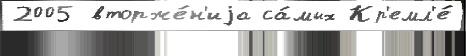
2005 вторже́н'иjа са́мых Кр'емл'е́